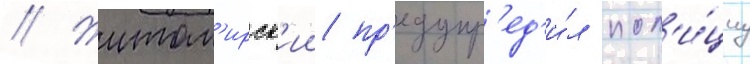
// Житом'ирск'ии пр'едупр'ед'и́л пол'и́циу